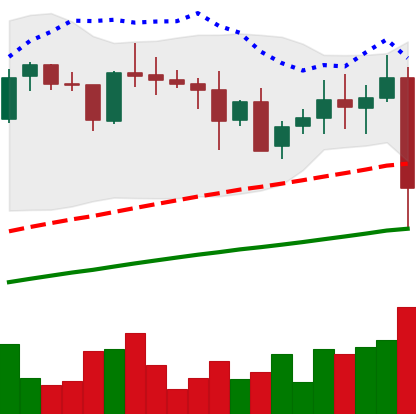
Ticker: XRP-USD
Chart end date: 2021-05-19
Forward return: -7.239%
Label: down_7plus